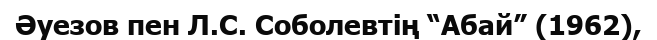
Әуезов пен Л.С. Соболевтің “Абай” (1962),